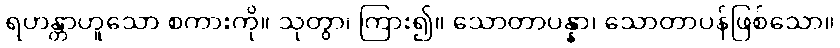
ရဟန္တာဟူသော စကားကို။ သုတွာ၊ ကြား၍။ သောတာပန္နာ၊ သောတာပန်ဖြစ်သော။